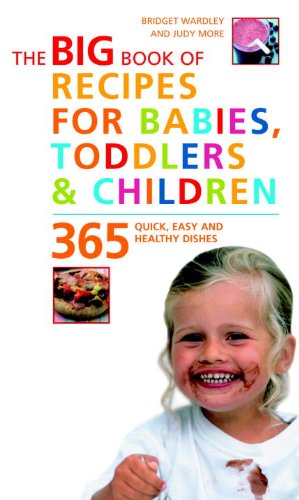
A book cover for The Big Book of Recipes for Babies, Toddlers & Children: 365 Quick, Easy, and Healthy Dishes; Bridget Wardley; Cookbooks, Food & Wine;